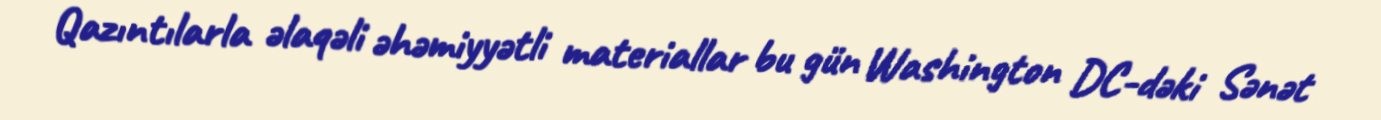
Qazıntılarla əlaqəli əhəmiyyətli materiallar bu gün Washington DC-dəki Sənət